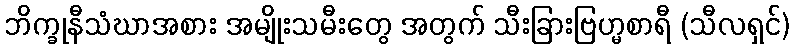
ဘိက္ခုနီသံဃာအစား အမျိုးသမီးတွေ အတွက် သီးခြားဗြဟ္မစာရီ (သီလရှင်)